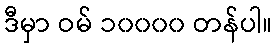
ဒီမှာ ဝမ် ၁၀၀၀၀ တန်ပါ။